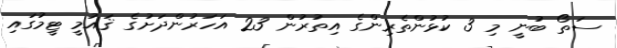
ސަތޯ ބުނީ މި 3 ކުޅުންތެރިންގެ އިތުރުން 23 އަހަރުންދަށުގެ ޤައުމީ ޓީމުގައި